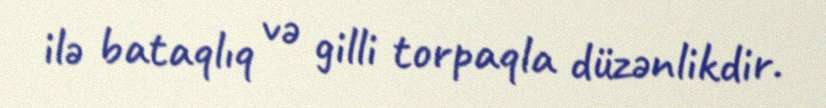
ilə bataqlıq və gilli torpaqla düzənlikdir.